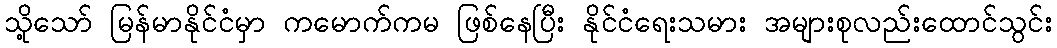
သို့သော် မြန်မာနိုင်ငံမှာ ကမောက်ကမ ဖြစ်နေပြီး နိုင်ငံရေးသမား အများစုလည်းထောင်သွင်း